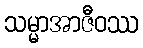
သမ္မာအာဇီဝဿ